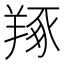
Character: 𦎜